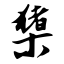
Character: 橥